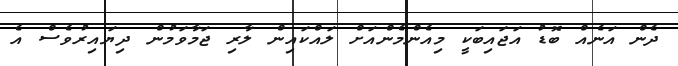
ދެން އަނެއް ބޮޑު އަޖައިބަކީ މިއެންމެންއަށް ލައްކައިން ލާރި ޖަމާވަމުން ދިޔައިރުވެސް އެ